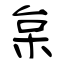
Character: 枲